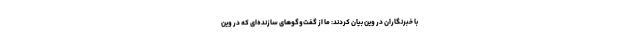
با خبرنگاران در وین بیان کردند: ما از گفت‌وگوهای سازنده‌ای که در وین